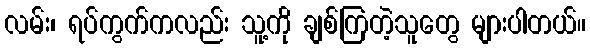
လမ်း၊ ရပ်ကွက်ကလည်း သူ့ကို ချစ်ကြတဲ့သူတွေ များပါတယ်။